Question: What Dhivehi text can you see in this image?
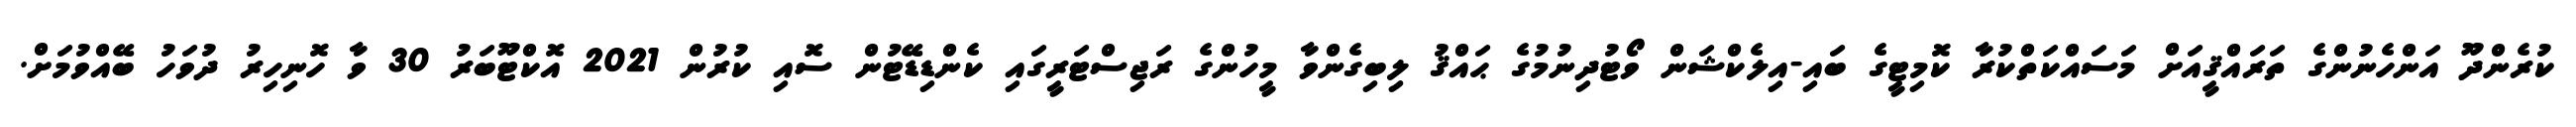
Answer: ކުރެންދޫ އަންހެނުންގެ ތަރައްޤީއަށް މަސައްކަތްކުރާ ކޮމިޓީގެ ބައި-އިލެކްޝަން ވޯޓުދިނުމުގެ ޙައްޤު ލިބިގެންވާ މީހުންގެ ރަޖިސްޓަރީގައި ކެންޑިޑޭޓުން ސޮއި ކުރުން 2021 އޮކްޓޫބަރު 30 ވާ ހޮނިހިރު ދުވަހު ބޭއްވުމަށް.